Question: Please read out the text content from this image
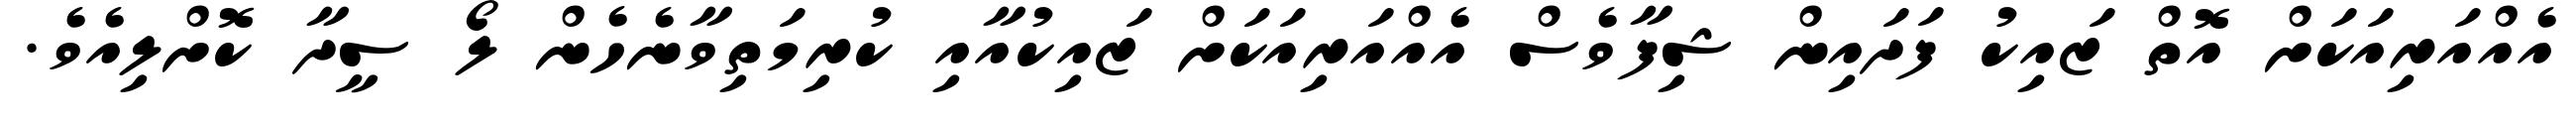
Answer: އެއްއަރިއަކަށް އޮތް ޒައިކު ފަދައިން ޝިފާވެސް އެއްއަރިއަކަށް ޒައިކުއާއި ކުރިމަތިވާނެހެން ލޯ ސީދާ ކޮށްލިއެވެ.